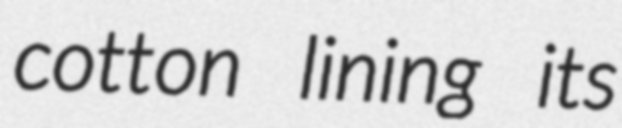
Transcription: cotton lining its